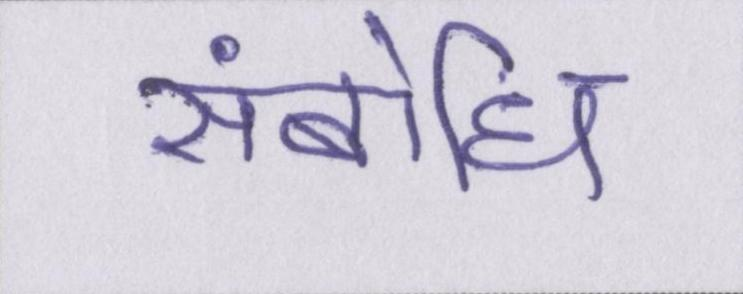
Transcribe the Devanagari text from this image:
संबोधि